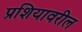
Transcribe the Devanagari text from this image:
प्रशियावरील